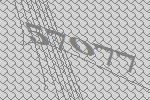
57077